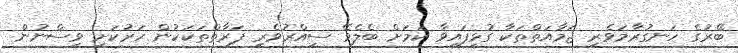
ބޭރުގެ ހަނގުރާމަވެރި ޖަމާއަތްތަކާ ގުޅިފައިވާ ކަމަށް ބެލެވޭ ސިއްރުވެރި ފަރާތްތަކަކުން ހަރުކަށި ވިސްނުން